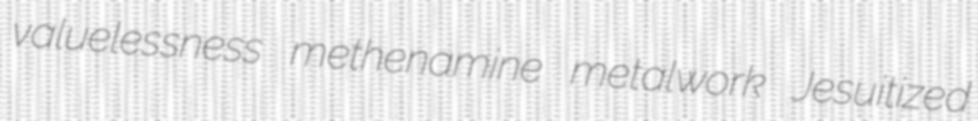
valuelessness methenamine metalwork Jesuitized